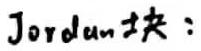
Jordan块：